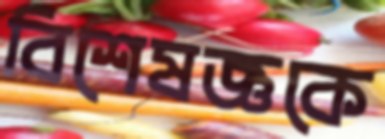
বিশেষজ্ঞকে